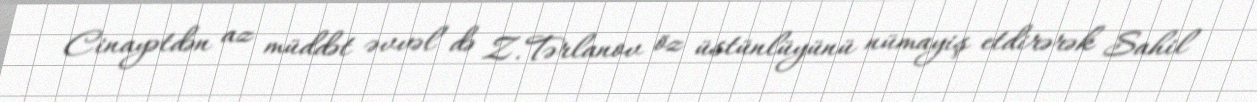
Cinayətdən az müddət əvvəl də Z.Tərlanov öz üstünlüyünü nümayiş etdirərək Sahil